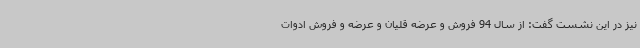
نیز در این نشست گفت: از سال 94 فروش و عرضه قلیان و عرضه و فروش ادوات